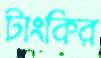
টাংকির